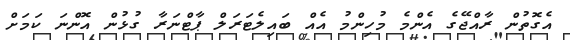
އެގޮތުން ރާއްޖޭގެ އެންމެ މުހިންމު އެއް ބައިލެޓަރަލް ޕާޓްނަރާ ގުޅުން އޮންނަ ކަމަށް